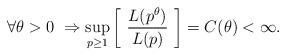
LaTeX: \begin{align*} \forall \theta > 0 \ \Rightarrow \sup_{p \ge 1} \left[ \ \frac{L(p^{\theta})}{L(p)} \ \right] = C(\theta) < \infty.\end{align*}